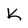
Character: k